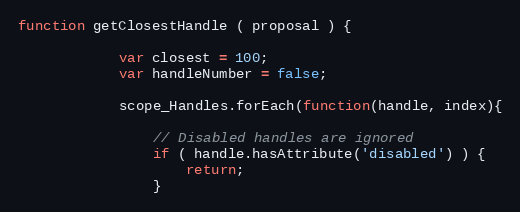
Language: JavaScript
function getClosestHandle ( proposal ) {

            var closest = 100;
            var handleNumber = false;

            scope_Handles.forEach(function(handle, index){

                // Disabled handles are ignored
                if ( handle.hasAttribute('disabled') ) {
                    return;
                }